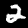
Label: 2